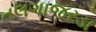
તલગાજરડા